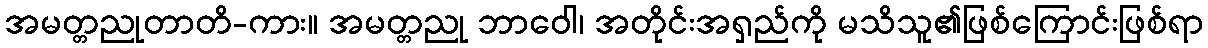
အမတ္တညုတာတိ-ကား။ အမတ္တညု ဘာဝေါ၊ အတိုင်းအရှည်ကို မသိသူ၏ဖြစ်ကြောင်းဖြစ်ရာ